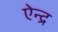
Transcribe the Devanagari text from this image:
ऐन्‍द्र